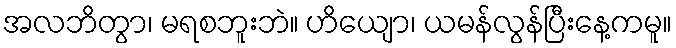
အလဘိတွာ၊ မရစဘူးဘဲ။ ဟိယျော၊ ယမန်လွန်ပြီးနေ့ကမူ။